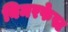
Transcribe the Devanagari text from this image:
बिमरफेस्ट